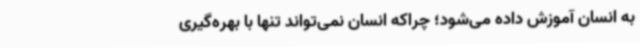
به انسان آموزش داده می‌شود؛ چراکه انسان نمی‌تواند تنها با بهره‌گیری